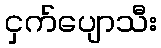
ငှက်ပျောသီး